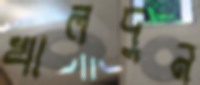
খালদুন